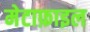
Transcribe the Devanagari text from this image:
मेटाफ़ाइल